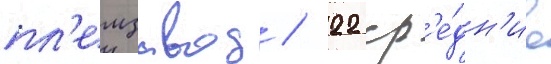
пл'емзавод / 22 ср'е́дн'ие